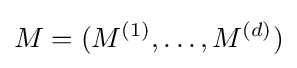
M=(M^{(1)},\dots ,M^{(d)})